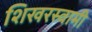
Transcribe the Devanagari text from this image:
शिखरस्वामी